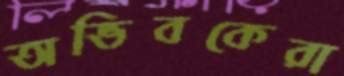
অভিবকেরা